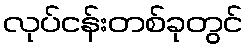
လုပ်ငန်းတစ်ခုတွင်